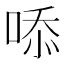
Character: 㖭